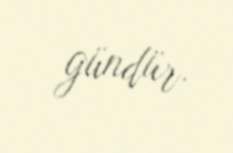
gündür.